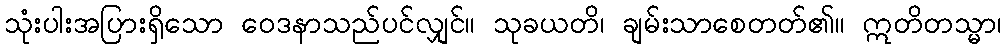
သုံးပါးအပြားရှိသော ဝေဒနာသည်ပင်လျှင်။ သုခယတိ၊ ချမ်းသာစေတတ်၏။ ဣတိတသ္မာ၊